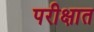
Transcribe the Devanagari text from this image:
परीक्षात